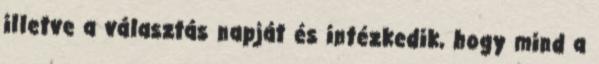
illetve a választás napját és intézkedik, hogy mind a